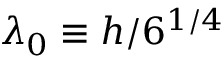
\lambda _ { 0 } \equiv h / 6 ^ { 1 / 4 }